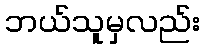
ဘယ်သူမှလည်း